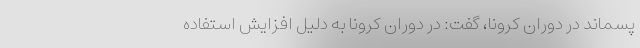
پسماند در دوران کرونا، گفت: در دوران کرونا به دلیل افزایش استفاده